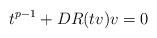
\begin{align*} t^{p-1} + DR(tv)v = 0\end{align*}